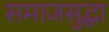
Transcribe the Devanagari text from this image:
समाजसुद्धा